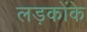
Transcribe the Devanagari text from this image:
लड़कोंके